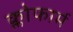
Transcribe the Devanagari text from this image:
क्लोफार्म